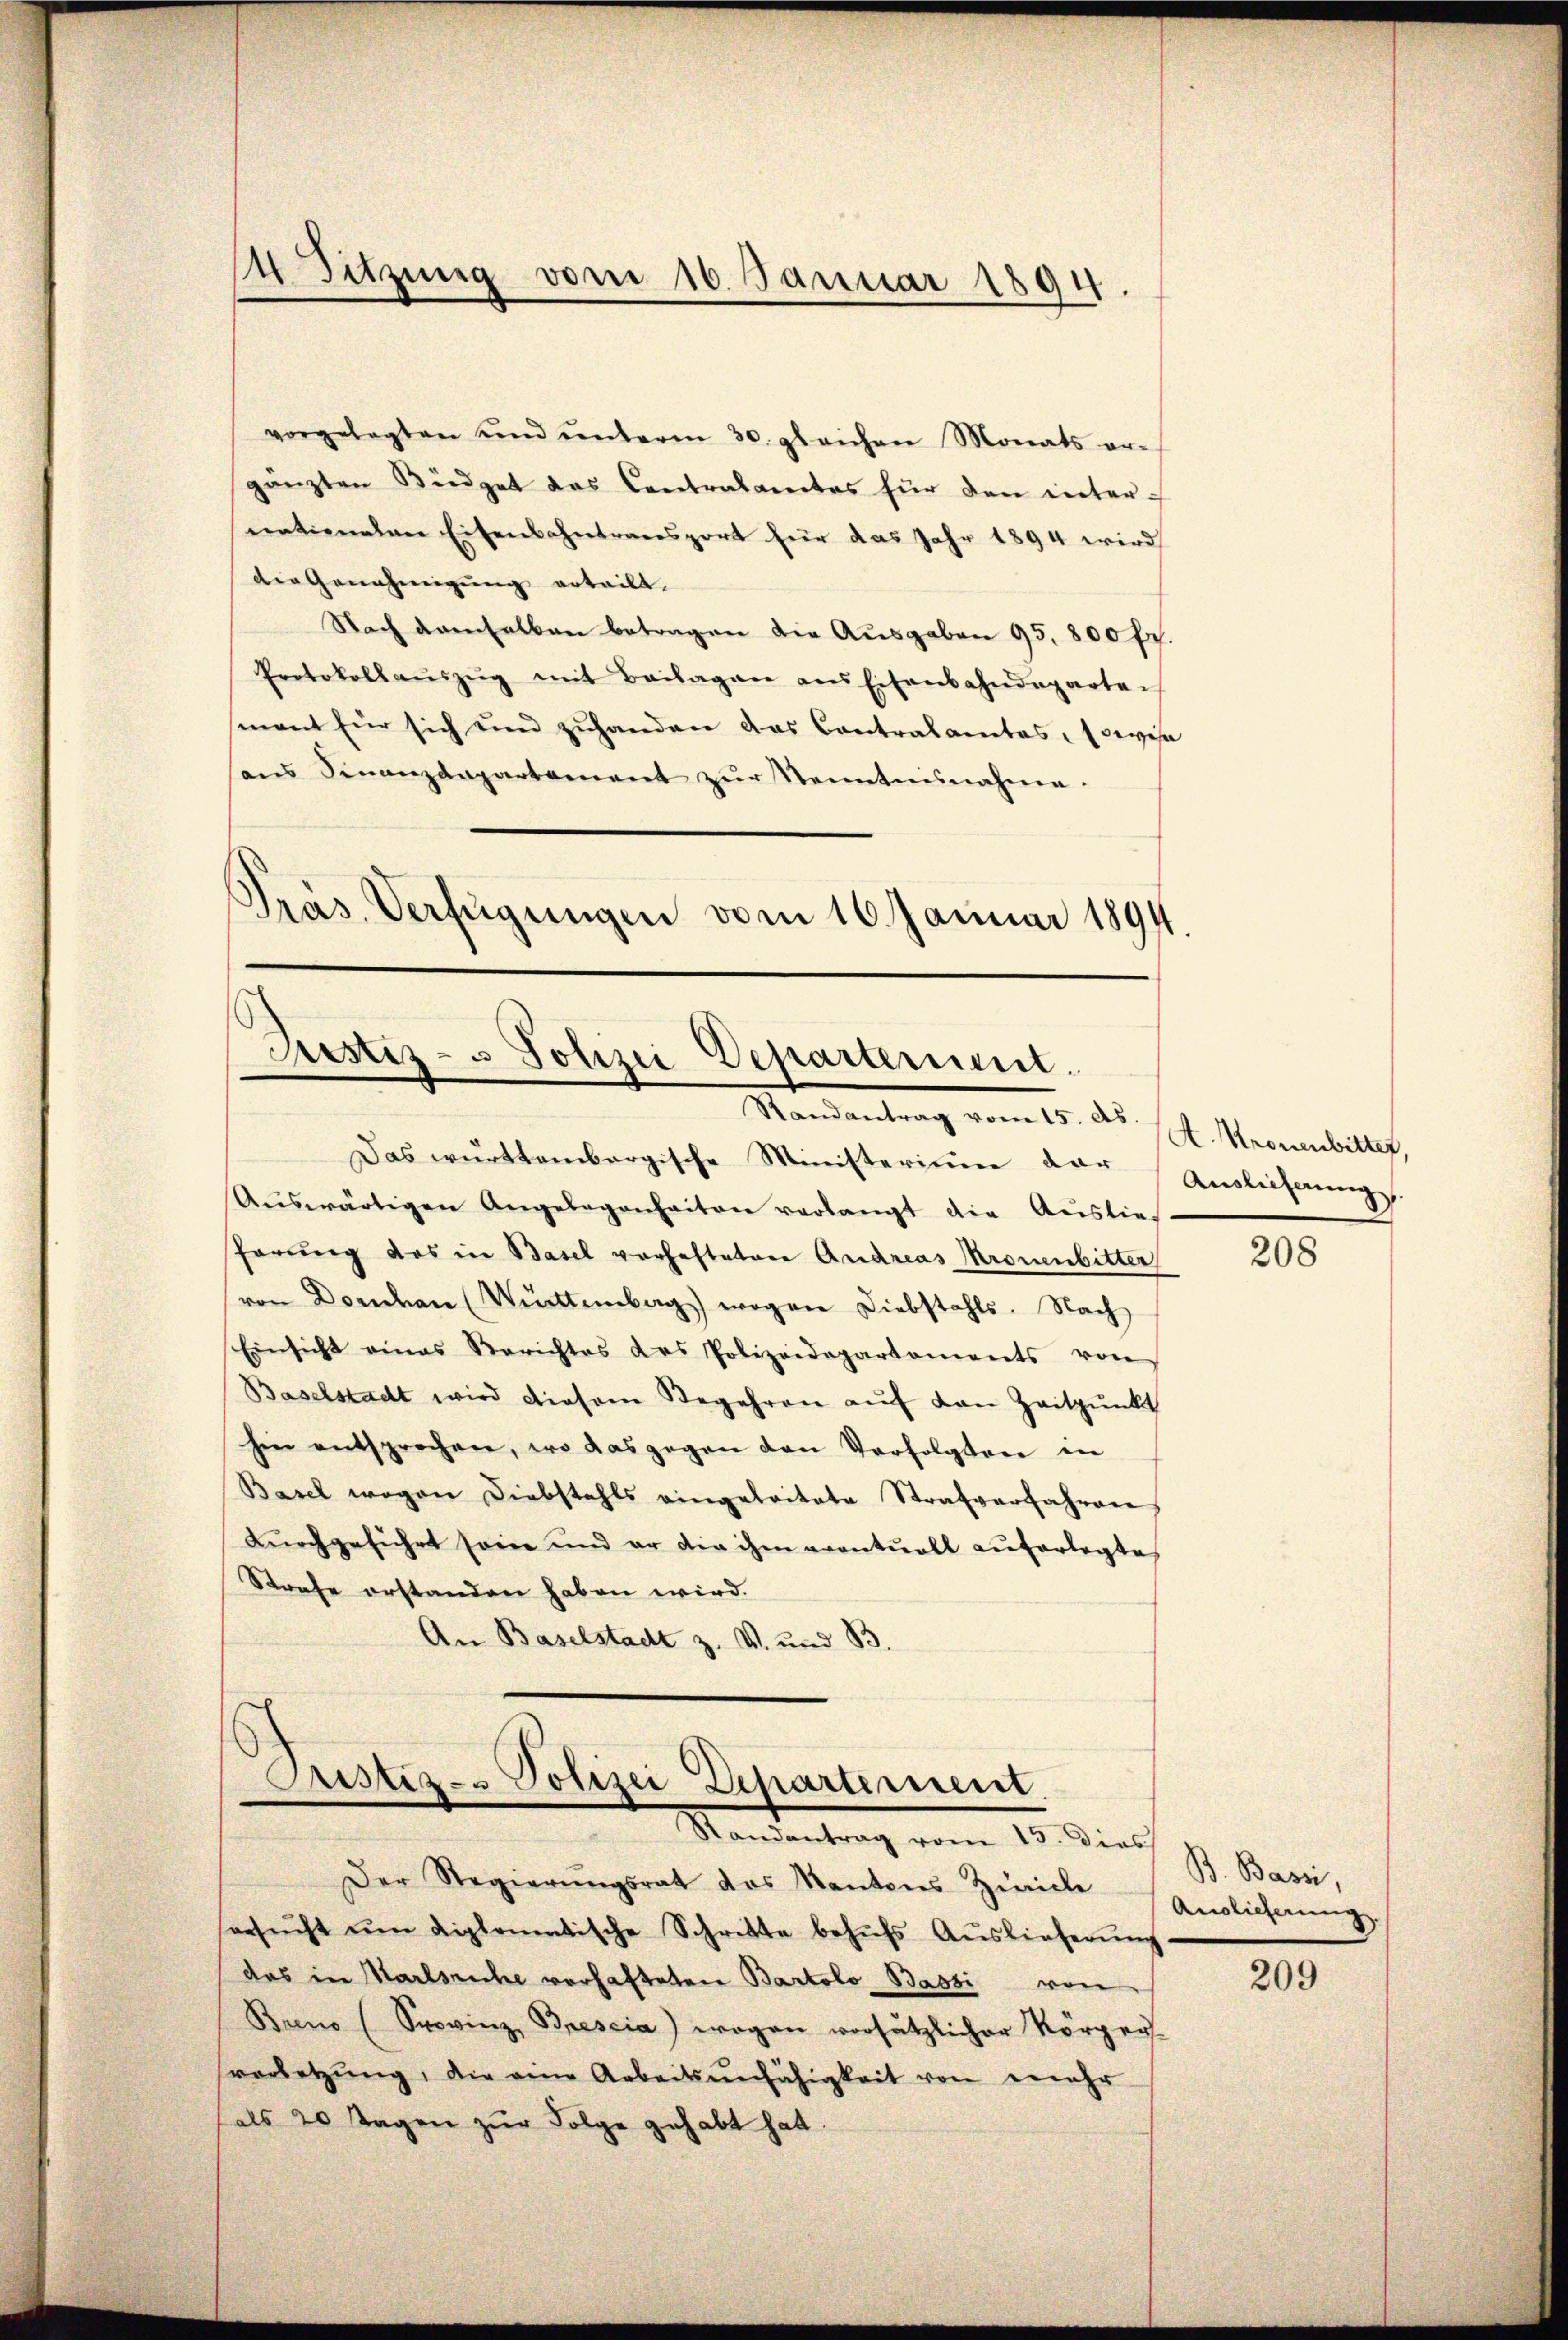
14 Sitzung vom 16. Januar 1894

vorgelegten und ŭnterm 30. gleichen Monats er-
gänzten Büdget das Centralamtes für den inter-
eentionalen Eisenbahntransport hier das Jahr 1894 wird
die Genehmigung erteilt.
Nach denenselben betragen die Ausgaben 95. 800 fr.
Protokollaŭszŭg mit Beilagen ans Eisenbahndeparten
mant für sich und zuhanden das Contralamtes, sowisa
ans Finanzdepartement zŭr Senntnisnahme.
Aŭswärtigen Angelegenheiten verlangt die Auslie-
hörung des in Basel vorhefteten Andreas Kronenbitter
von Donau (Württemberg) wegen Diebstahls. Nach
Einsicht eines Berichtes des Polizeidepartaments von
Baselstadt wird diesem Begehren auf den Zeitpunkt
hin entsprechen, wo das gegen den Verfolgten in
Basel wegen Diebstahls eingeleitete Strafverfahren
dŭrchgeführt sein und er die ihm eventuell auferlegte
Strafe erstanden haben wird.
An Baselstadt z. V. und B.
Prustiz- & Polizei Departement.
Randantrag vom 13. Dies
Der Regierŭngsrat das Kantons Zürich Auslicherung
ersŭcht ŭm diplomatische Schritte behŭfs Auslieferŭng
das in Karlsruhe vorhafteten Bartolo Bassi von
Buno (Spovinz, Brescia) wegen vorsätzlicher Körper-
verletzŭng, die am Arbeitsunfähigkeit von mehr
als 20 Tagen zur Folge gehabt hat.

Präs. Verfügungen vom 16. Januar 1894.
Justiz- u Polizei Departerunt.
Mandantung vom 15. ds. 1 l. Mannenbilli

Das württembergische Ministerium der Auslichnung

208

B. Bassi,

209